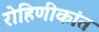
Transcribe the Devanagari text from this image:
रोहिणीकांत